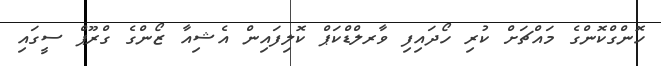
ހޮންގްކޮންގެ މައްޗަށް ކުރި ހޯދައިފި ވާރލްޑްކަޕް ކޮލިފައިން އެޝިއާ ޒޯންގެ ގްރޫޕް ސީގައި